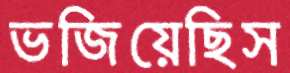
ভজিয়েছিস